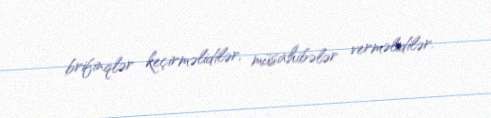
brifinqlər keçirməlidilər, müsahibələr verməlidilər.